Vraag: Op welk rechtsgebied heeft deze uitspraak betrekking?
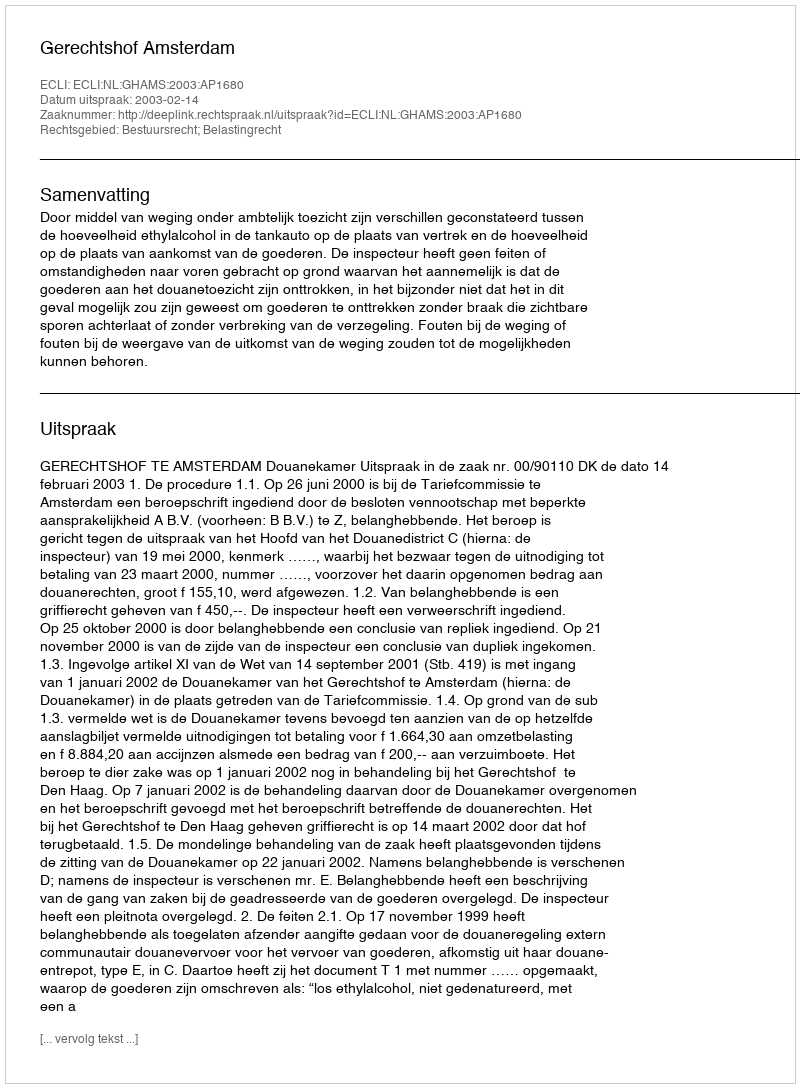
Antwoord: Bestuursrecht; Belastingrecht